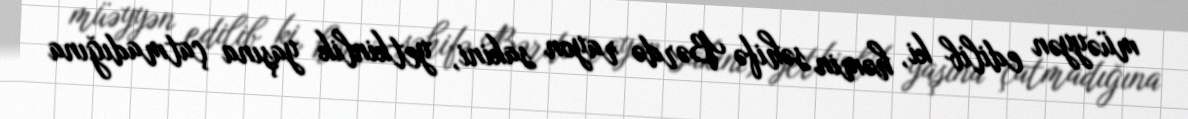
müəyyən edilib ki, həmin səhifə Bərdə rayon sakini, yetkinlik yaşına çatmadığına